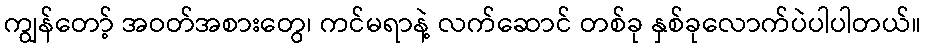
ကျွန်တော့် အဝတ်အစားတွေ၊ ကင်မရာနဲ့ လက်ဆောင် တစ်ခု နှစ်ခုလောက်ပဲပါပါတယ်။